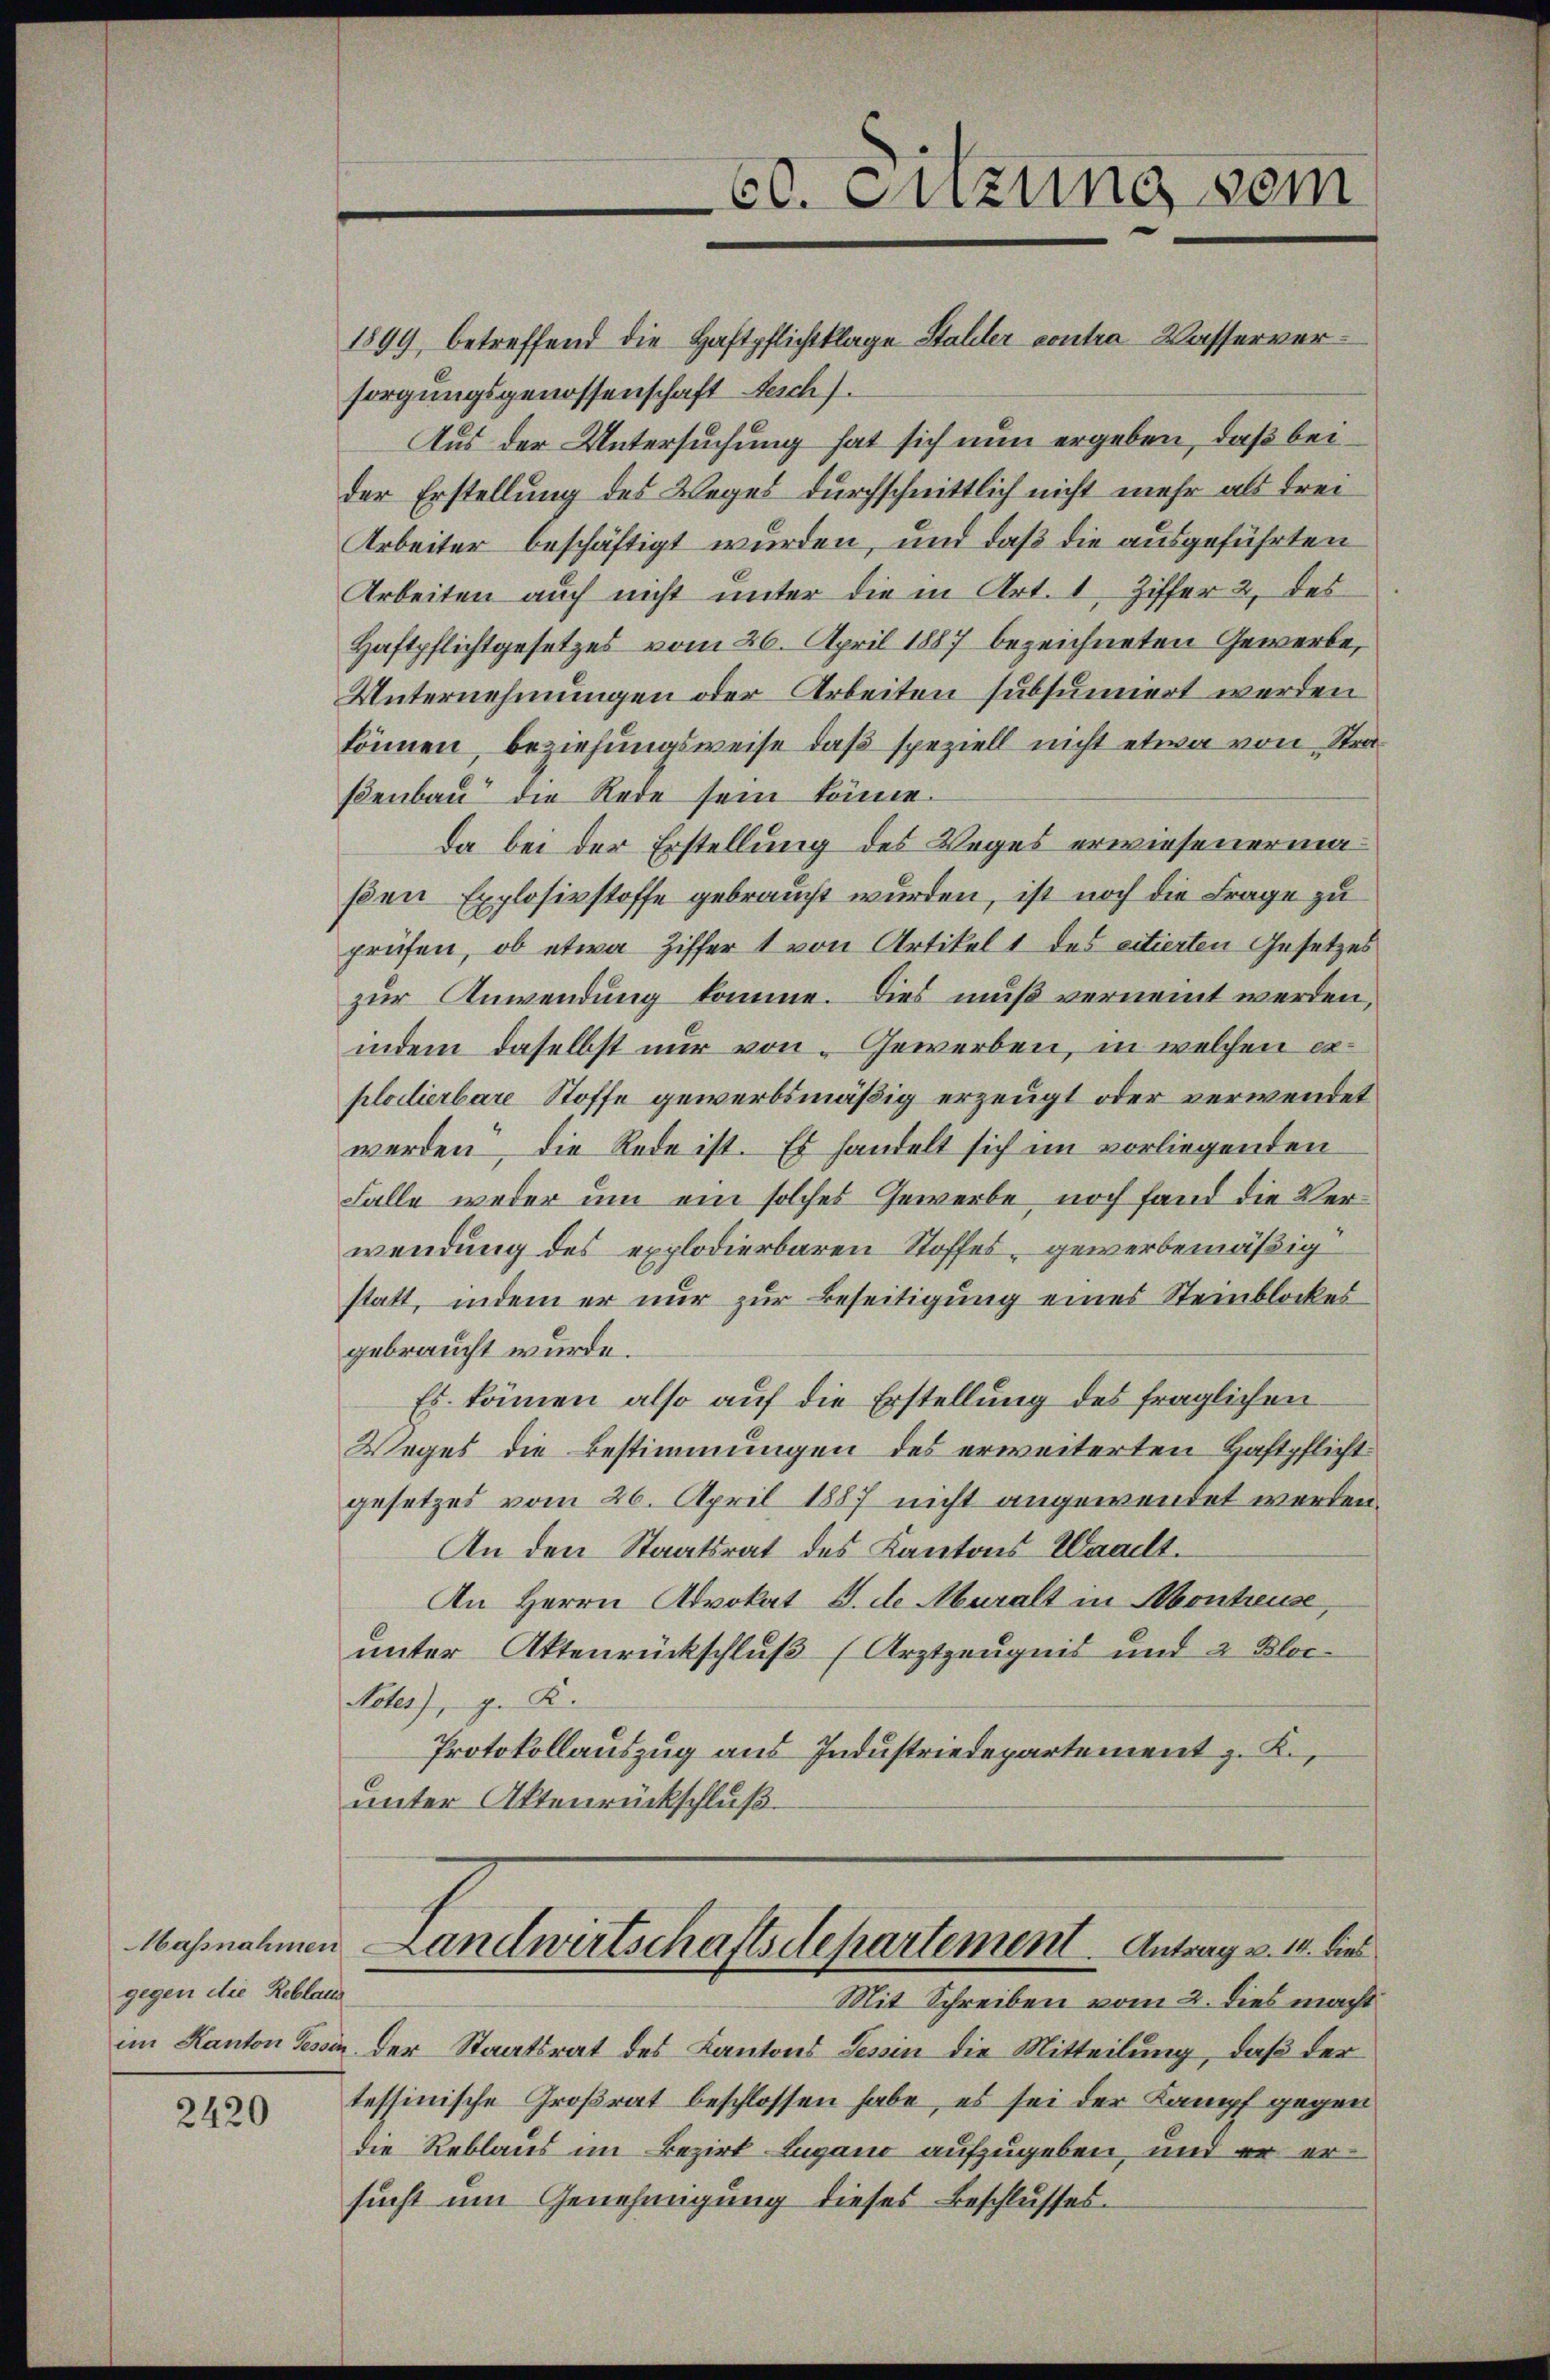
Massnahmen
gegen die Rebland

2420

1899, betreffend die Haftpflichtklage Stalder contra-Wasserversorgungsgenossenschaft Aesch.
Aus der Untersuchung hat sich nun ergeben, daß beider Erstellung des Weges durchschnittlich nicht mehr als Frei¬
Arbeiter beschäftigt wurden, und daß die ausgeführten
Arbeiten auch nicht unter die in Art. 1, Ziffer 2, des
Haftpflichtgesetzes vom 26. April 1887 bezeichneten Gewerbe,
Unternehmungen oder Arbeiten subsumiert werden
können, beziehungsweise, daß speziell nicht etwa von Straßenbau die Rede sein könne.
da bei der Erstellung des Weges erwiesenermaßen Explosivstoffe gebraucht wurden, ist noch die Frage zu
prüfen, ob etwa Ziffer 1 von Artikel 1 des citierten Gesetzes
zur Anwendung komme. Dies muß vernennt werden,
indem daselbst nur von Gewerben, in welchen explodierbare Stoffe gewerbsmäßig erzeugt oder verwendet
werden, die Rede ist. Es handelt sich im vorliegenden
Falle weder um ein solches Gewerbe, noch fand die Verwendung des explodierbaren Stoffes, gewerbemäßig
statt, indem er nur zur Beseitigung eines Steinblockes
gebraucht wurde.
Es können also auf die Erstellung des fraglichen
Weges die Bestimmungen des erweiterten Haftpflicht
gesetzes vom 26. April 1887 nicht angewendet werden.
An den Staatsrat des Kantons Waadt.
An Herrn Advokat S. de Aburalt in Abontreuse,
unter Aktenrückschluß (Arztzeugnis und 2 Bloc¬
Noles), g. K.
Protokollauszug aus Industriedepartement z. K.
unter Aktenrückschluß.

60. Enzung vom

Landwirtschaftsdepartement Antrag v. 14. dies

Mit Schreiben vom 2. dies macht
im Kanton Tessin der Staatsrat des Kantons Tessin die Mitteilung, daß der
tessinische Großrat beschlossen habe, es sei der Kampf gegen
die Reblaus im Bezirk Lugano aufzugeben, und er er
sucht um Genehmigung dieses Beschlusses.